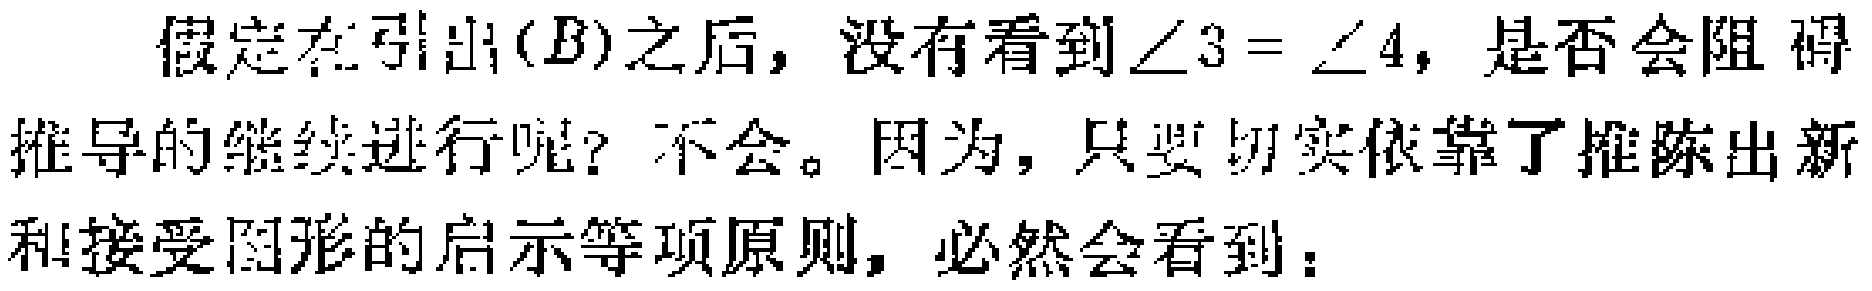
假定在引出$(B)$之后，没有看到$\angle 3 = \angle 4$，是否会阻碍推导的继续进行呢？不会。因为，只要切实依靠了推陈出新和接受图形的启示等项原则，必然会看到：